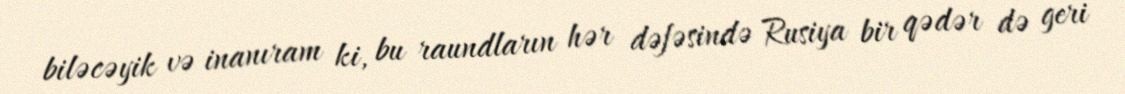
biləcəyik və inanıram ki, bu raundların hər dəfəsində Rusiya bir qədər də geri